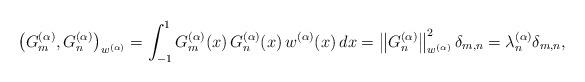
LaTeX: \begin{align*}\left(G_m^{(\alpha)}, G_n^{(\alpha)}\right)_{w^{(\alpha)}} = \int_{ - 1}^1 {G_m^{(\alpha )}(x)\, G_n^{(\alpha )}(x)\, w^{(\alpha)}(x)\, dx} = \left\| {G_n^{(\alpha )}} \right\|_{{w^{(\alpha )}}}^2 {\delta _{m,n}} = {\lambda}_n^{(\alpha )} {\delta _{m,n}},\end{align*}